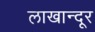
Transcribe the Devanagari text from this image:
लाखान्दूर